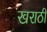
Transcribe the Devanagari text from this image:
खराठी